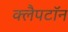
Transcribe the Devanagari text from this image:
क्लैपटॉन